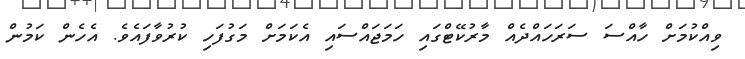
ވިއްކުމަށް ހާއްސަ ސަރަހައްދެއް މާރުކޭޓްގައި ހަމަޖައްސައި އެކަމަށް މަގުފަހި ކުރުވާފައެވެ. އެހެން ކަމުން